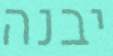
יבנה